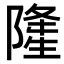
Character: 𨼇